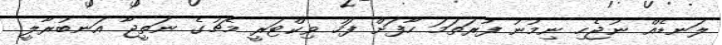
ލަނޑެއް ނުޖެހި ނިމުނު ފުރަތަމަ ހާފަށް ފަހު ވިކްޓަރީ މެޗުގެ ނަތީޖާ އަނބުރާލީ